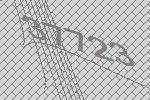
37723